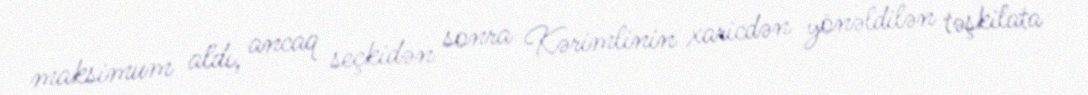
maksimum aldı, ancaq seçkidən sonra Kərimlinin xaricdən yönəldilən təşkilata